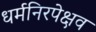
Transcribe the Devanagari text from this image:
धर्मनिरपेक्षव